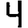
Digit: 4